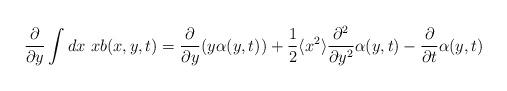
LaTeX: \begin{align*} \frac{\partial}{\partial y}\int dx \ xb(x,y,t)=\frac{\partial}{\partial y}(y\alpha(y,t))+\frac{1}{2}\langle x^{2}\rangle\frac{\partial^{2}}{\partial y^{2}}\alpha(y,t)-\frac{\partial}{\partial t}\alpha(y,t)\end{align*}